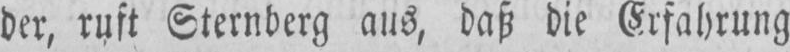
der, ruft Sternberg ans, daß die Erfahrung